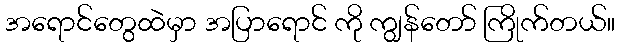
အရောင်တွေထဲမှာ အပြာရောင် ကို ကျွန်တော် ကြိုက်တယ်။